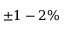
\pm 1 - 2 \%